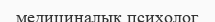
медициналық психолог